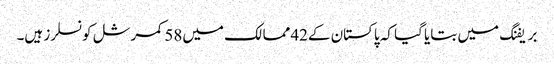
بریفنگ میں بتایا گیا کہ پاکستان کے42ممالک میں58کمرشل کونسلرز ہیں۔